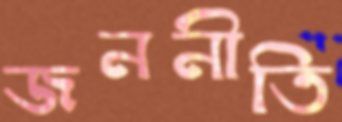
জননীতি